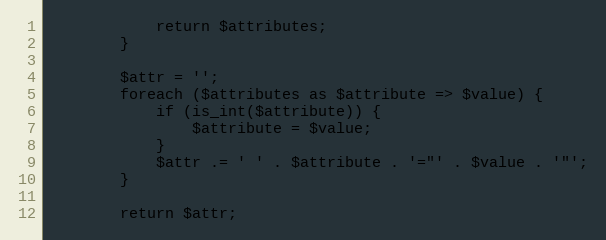
Language: PHP
            return $attributes;
        }

        $attr = '';
        foreach ($attributes as $attribute => $value) {
            if (is_int($attribute)) {
                $attribute = $value;
            }
            $attr .= ' ' . $attribute . '="' . $value . '"';
        }

        return $attr;